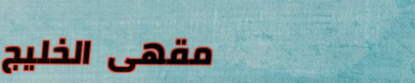
مقهى الخليج